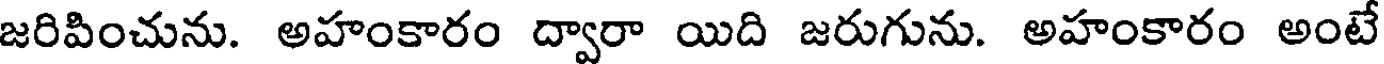
జరిపించును. అహంకారం ద్వారా యిది జరుగును. అహంకారం అంటే